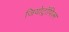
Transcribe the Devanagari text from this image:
जियोट्रॉपिज़्म